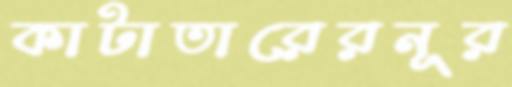
কাটাতারেরনূর